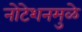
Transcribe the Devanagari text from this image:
नोटेशनमुळे